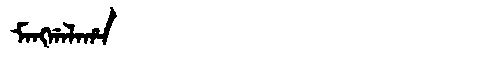
Manchu: ᠮᠠᠩᡤᠠᠯᠠᡥᠠ
Romanization: MANGGALAHA